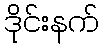
ဒိုင်းနက်